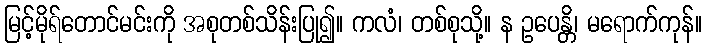
မြင့်မိုရ်တောင်မင်းကို အစုတစ်သိန်းပြု၍။ ကလံ၊ တစ်စုသို့။ န ဥပေန္တိ၊ မရောက်ကုန်။